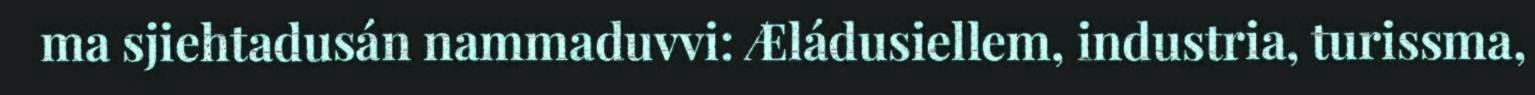
ma sjiehtadusán nammaduvvi: Æládusiellem, industria, turissma,